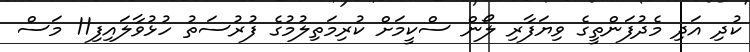
ކުދި އަދި މެދުފަންތީގެ ވިޔަފާރި ލޯން ސްކީމަށް ކުރިމަތިލުމުގެ ފުރުސަތު ހުޅުވާލައިފި11 މަސް